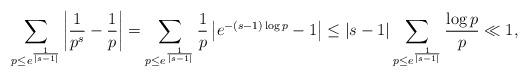
LaTeX: \begin{align*} \sum_{p\leq e^{\frac{1}{|s-1|}}} \left|\frac{1}{p^s}-\frac{1}{p}\right| = \sum_{p\leq e^{\frac{1}{|s-1|}}} \frac{1}{p}\left|e^{-(s-1)\log p}-1\right| \leq |s-1|\sum_{p \leq e^{\frac{1}{|s-1|}}} \frac{\log p}{p} \ll 1,\end{align*}